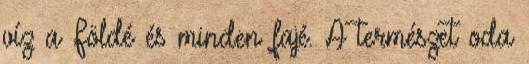
víz a Földé és minden fajé. A természet oda